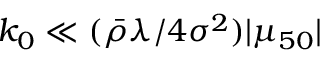
k _ { 0 } \ll ( { \bar { \rho } } \lambda / 4 \sigma ^ { 2 } ) | \mu _ { 5 0 } |